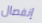
إنفصال